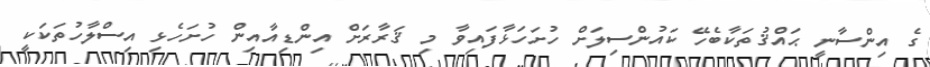
ގެ އިންސާނީ ޙައްޤުތަކާބެހޭ ކައުންސިލަށް ހުށަހަޅާފައިވާ މި ޤަރާރަށް އިންޑިއާއިން ހުށަހެޅި އިސްލާހުތަކަކީ